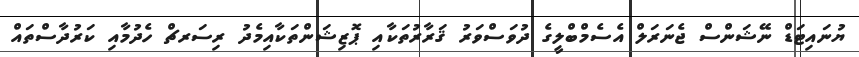
ޔުނައިޓަޑް ނޭޝަންސް ޖެނަރަލް އެސެމްބްލީގެ ދުވަސްވަރު ޤަރާރުތަކާއި ޕޮޒިޝަންތަކާއިމެދު ރިސަރޗް ހެދުމާއި ކަރުދާސްތައް